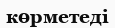
көрметеді